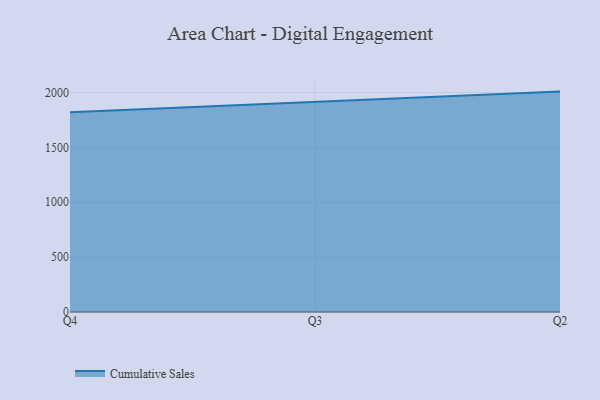
{"axis": {"x": "Quarter", "y": "Website Visitors"}, "legend": ["Cumulative Sales"], "data": [{"x": "Q4", "y": 1819.3, "type": "Cumulative Sales"}, {"x": "Q3", "y": 1916.9, "type": "Cumulative Sales"}, {"x": "Q2", "y": 2008.6, "type": "Cumulative Sales"}]}